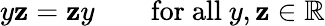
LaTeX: y\mathbf{z}=\mathbf{z}y\qquad{\mathrm{{for~all~}}}y,\mathbf{z}\in\mathbb{{R}}